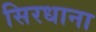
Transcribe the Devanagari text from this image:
सिरधाना